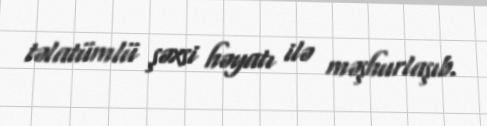
təlatümlü şəxsi həyatı ilə məşhurlaşıb.